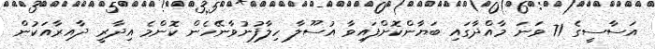
އަސާސީގެ 71 ވަނަ މާއްދާގައި ބަޔާންކޮށްފައިވާ އުސޫލާ ހިލާފުނުވާނޭހެން ކޮންމެ އިދާރީ ދާއިރާއަކުން